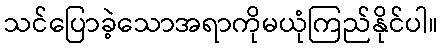
သင်ပြောခဲ့သောအရာကိုမယုံကြည်နိုင်ပါ။